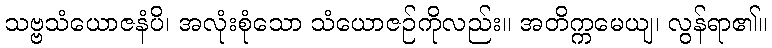
သဗ္ဗသံယောဇနံပိ၊ အလုံးစုံသော သံယောဇဉ်ကိုလည်း။ အတိက္ကမေယျ၊ လွန်ရာ၏။